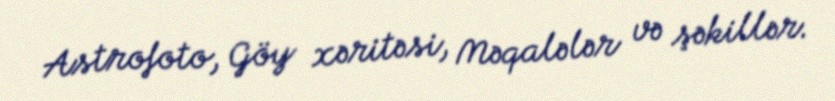
Astrofoto, Göy xəritəsi, Məqalələr və şəkillər.